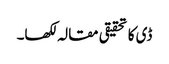
ڈی کا تحقیقی مقالہ لکھا۔